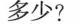
多少?